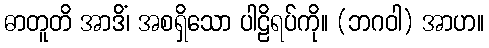
ဓာတူတိ အာဒိံ၊ အစရှိသော ပါဠိရပ်ကို။ (ဘဂဝါ) အာဟ။